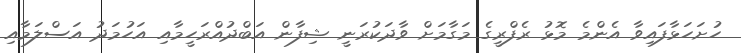
ހުށަހަޅާފައިވާ އެންމެ މޮޅު ރެފްރީގެ މަގާމަށް ވާދަކުރަނީ ޝިފާން އަބްދުއްރަހީމާއި އަހުމަދު އަސްލަމާއި